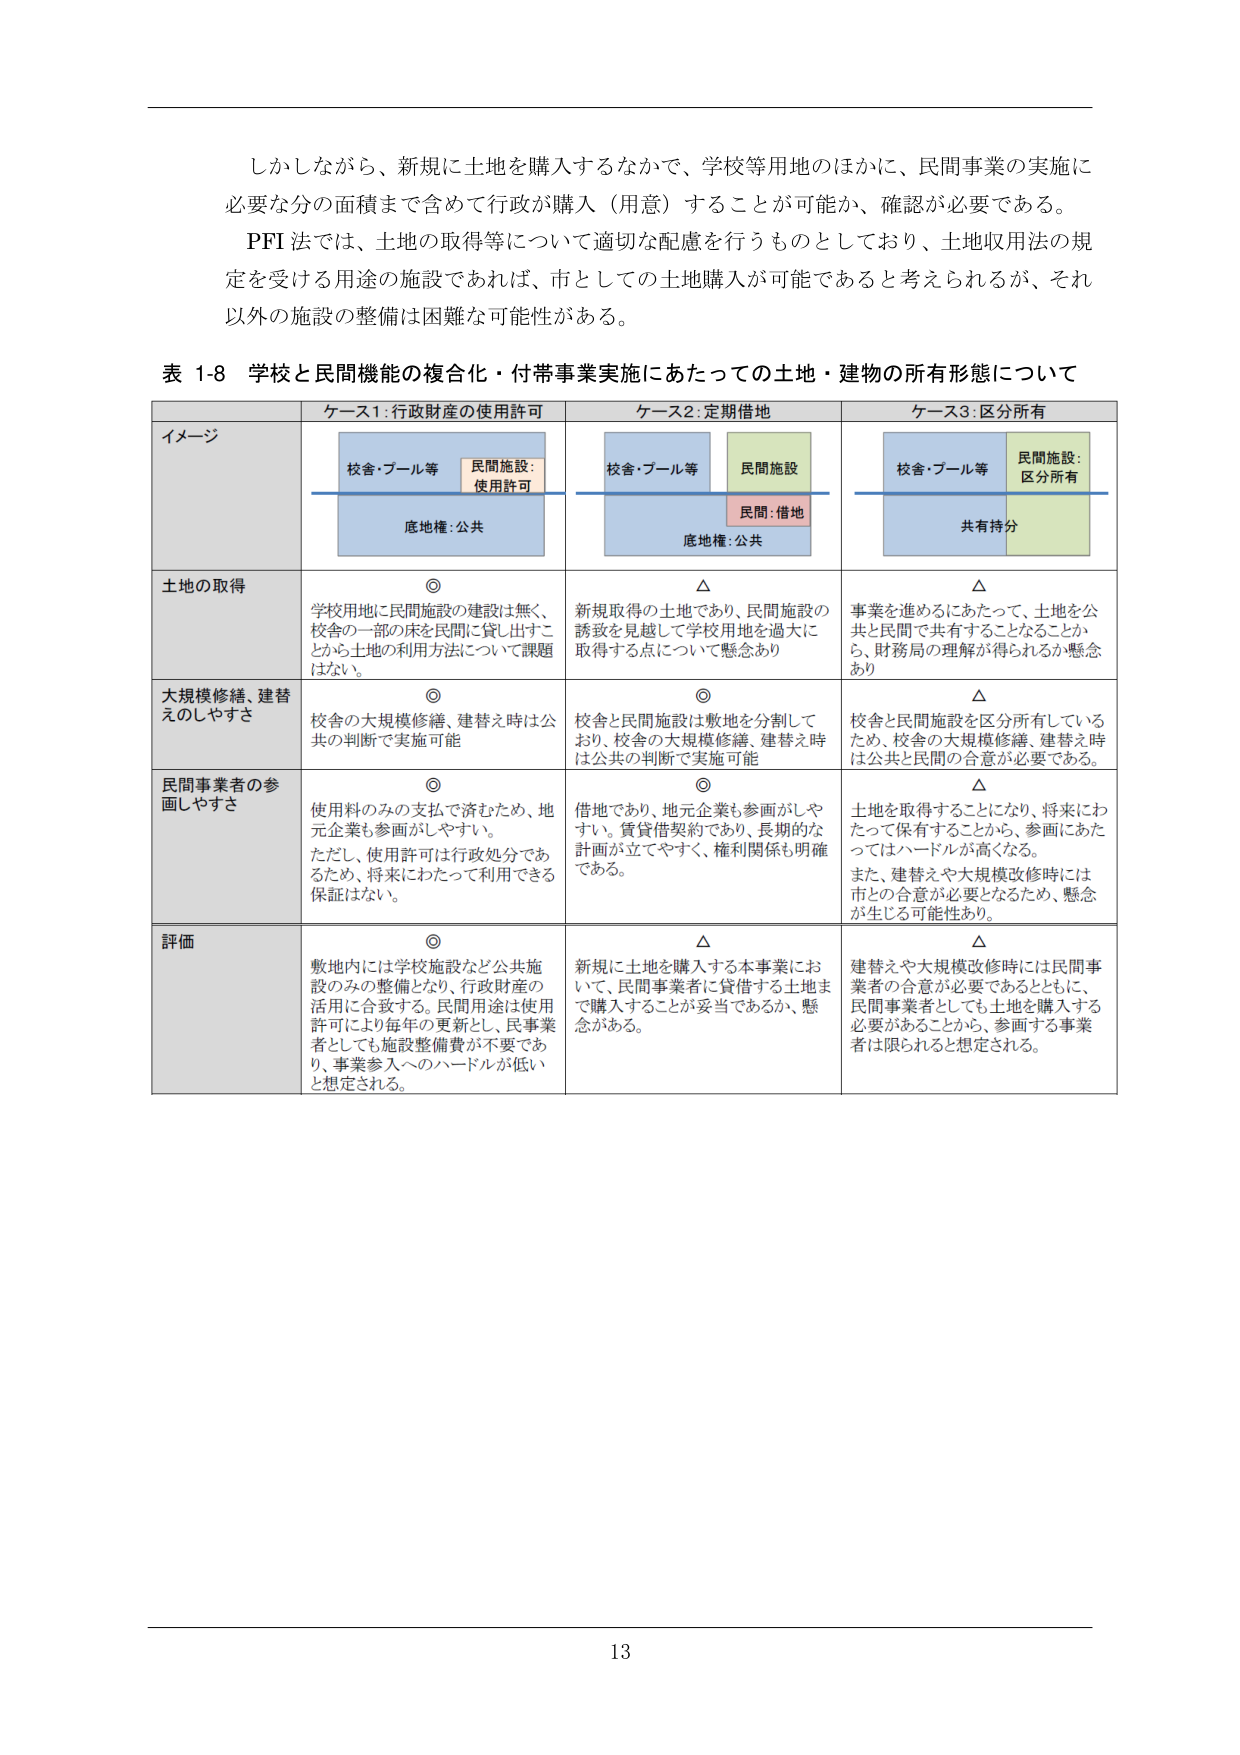
しかしながら、新規に土地を購入するなかで、学校等用地のほかに、民間事業の実施に必要な分の面積まで含めて行政が購入（用意）することが可能か、確認が必要である。

PFI 法では、土地の取得等について適切な配慮を行うものとしており、土地収用法の規定を受ける用途の施設であれば、市としての土地購入が可能であると考えられるが、それ以外の施設の整備は困難な可能性がある。

表 1-8 学校と民間機能の複合化・付帯事業実施にあたっての土地・建物の所有形態について

| イメージ | ケース1：行政財産の使用許可 | ケース2：定期借地 | ケース3：区分所有 |
|----------|-----------------------------|------------------|------------------|
|          | 校舎・プール等<br>民間施設：使用許可<br>底地権：公共 | 校舎・プール等<br>民間施設<br>民間：借地<br>底地権：公共 | 校舎・プール等<br>民間施設：区分所有<br>共有持分 |
| 土地の取得 | ◎<br>学校用地に民間施設の建設は無く、校舎の一部の床を民間に貸し出すことから土地の利用方法について課題はない。 | △<br>新規取得の土地であり、民間施設の誘致を見越して学校用地を過大に取得する点について懸念あり | △<br>事業を進めるにあたって、土地を公共と民間で共有することなることから、財務局の理解が得られるか懸念あり |
| 大規模修繕、建替えのしやすさ | ◎<br>校舎の大規模修繕、建替え時は公共の判断で実施可能 | ◎<br>校舎と民間施設は敷地を分割しており、校舎の大規模修繕、建替え時は公共の判断で実施可能 | △<br>校舎と民間施設を区分所有しているため、校舎の大規模修繕、建替え時は公共と民間の合意が必要である。 |
| 民間事業者の参画しやすさ | ◎<br>使用料のみの支払で済むため、地元企業も参画がしやすい。<br>ただし、使用許可は行政処分であるため、将来にわたって利用できる保証はない。 | ◎<br>借地であり、地元企業も参画がしやすい。賃貸借契約であり、長期的な計画が立てやすく、権利関係も明確である。 | △<br>土地を取得することになり、将来にわたって保有することから、参画にあたってはハードルが高くなる。<br>また、建替えや大規模改修時には市との合意が必要となるため、懸念が生じる可能性あり。 |
| 評価 | ◎<br>敷地内には学校施設など公共施設のみの整備となり、行政財産の活用に合致する。民間用途は使用許可により毎年の更新とし、民事業者としても施設整備費が不要であり、事業参入へのハードルが低いと想定される。 | △<br>新規に土地を購入する本事業において、民間事業者に貸借する土地まで購入することが妥当であるか、懸念がある。 | △<br>建替えや大規模改修時には民間事業者の合意が必要であるとともに、民間事業者としても土地を購入する必要があることから、参画する事業者は限られると想定される。 |

13